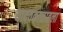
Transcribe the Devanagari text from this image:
यादवकाळातला